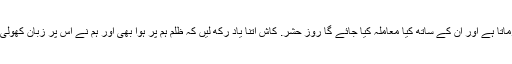
کاش کہ ہم یہ سبق یاد رکھ لیا کریں کہ اللہ تعالیٰ احسان جتانے والوں کو کس قدر سخت ناپسند فرماتا ہے اور ان کے ساتھ کیا معاملہ کیا جائے گا روز حشر. کاش اتنا یاد رکھ لیں کہ ظلم ہم پر ہوا بھی اور ہم نے اس پر زبان کھولی بھی احتجاج کیا بھی تو آخر کتنی بار اور کس کس سے اسکا اظہار کرنے کی ہمیں اجازت ہے؟